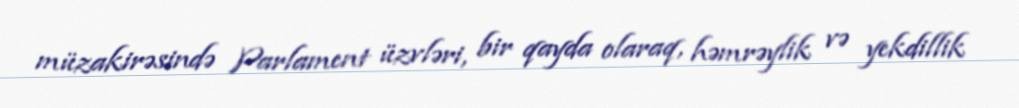
müzakirəsində Parlament üzvləri, bir qayda olaraq, həmrəylik və yekdillik